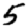
Digit: 5